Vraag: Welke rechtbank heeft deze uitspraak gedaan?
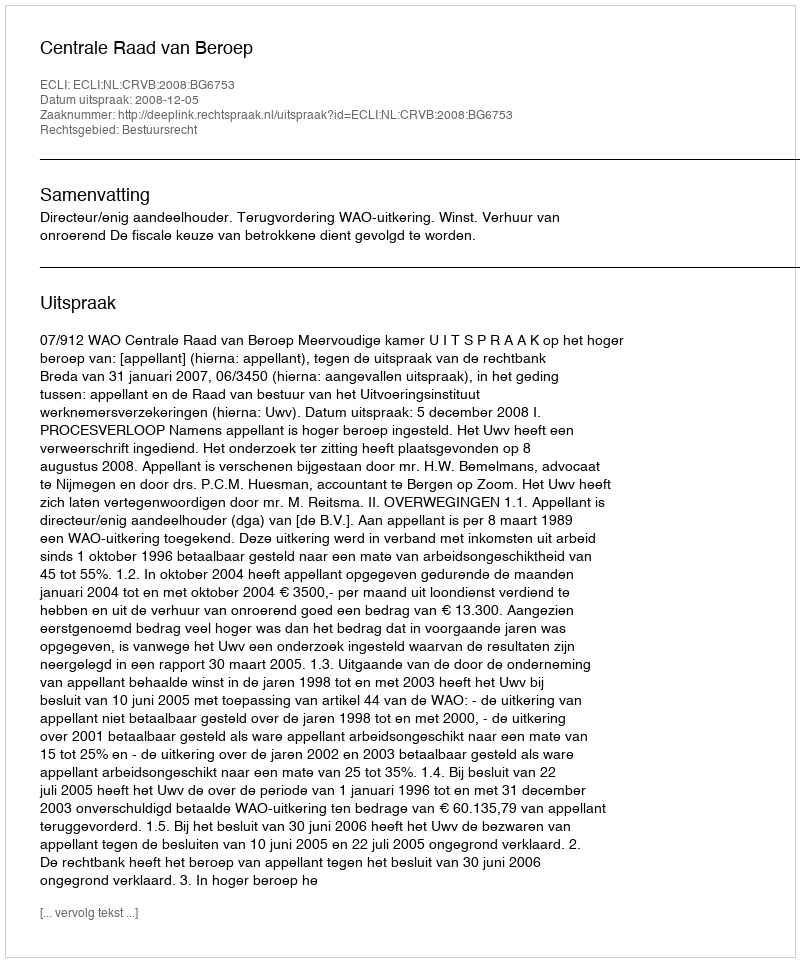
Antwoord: Centrale Raad van Beroep